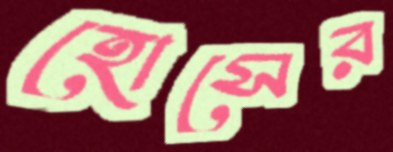
হোসের